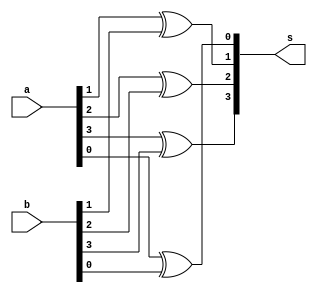
// ---------------------------------- 
// Exemplo0024 - Comparador Diferenca
// Nome: Rayan Darwin 
// ---------------------------------- 

module comparadorDiferenca(output [3:0] s , input [3:0] a , input [3:0] b);

xor XOR0( s[0] , a [0] , b [0] );
xor XOR1( s[1] , a [1] , b [1] );
xor XOR2( s[2] , a [2] , b [2] );
xor XOR3( s[3] , a [3] , b [3] );

endmodule //-- fim comparador

module teste_comparadorDiferenca;

// ------------------------- definir dados 
reg [3:0] a; 
reg [3:0] b; 
wire [3:0] resp;


comparadorDiferenca COMPARADORDIFERENCA1(resp,a,b);

// ------------------------- parte principal 
  initial
  begin
  $display("Exemplo0024 - Rayan Darwin - 412770"); 
  $display("\nTest ALU's Comparador Diferenca:\n"); 
 
  //-- Mostrar testes
  
  a = 4'b0001;b = 4'b0011;
  $monitor("a = %b , b =  %b , Resposta : %b" , a , b , resp);
  
  
  //-- Entradas
  
  #1 a = 4'b0001;b = 4'b1111;
  #1 a = 4'b0011;b = 4'b1011;
  #1 a = 4'b0001;b = 4'b1011;
  #1 a = 4'b0001;b = 4'b1011;

    
  end
endmodule //-- test_fullAdder